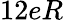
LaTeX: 12eR